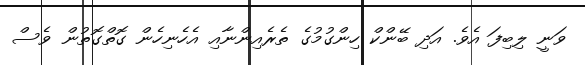
ވަނީ ލިބިފަ އެވެ. އަދި ބޭންކް ހިންގުމުގެ ތެރެއިންނާއި އެހެނިހެން ގޮތްގޮތުން ވެސް